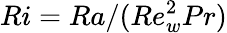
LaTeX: Ri=Ra/(Re_{w}^{2}Pr)